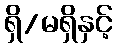
ရှိ/မရှိနှင့်